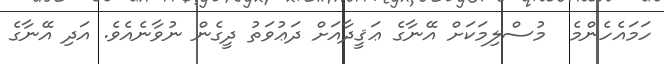
ހަމައެހެންމެ  މުސްލިމަކަށް އޭނާގެ ޢަޤީދާއަށް ދަޢުވަތު ދީގެން ނުވާނެއެވެ. އަދި އޭނާގެ